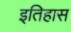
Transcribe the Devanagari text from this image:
इतिहास